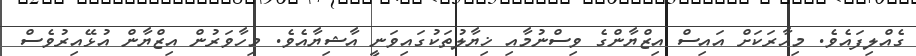
ގެއްލިފައެވެ. މިހާރަކަށް އައިސް އިޒްޔާންގެ ވިސްނުމާއި ޚިޔާލުތަކުގައިވަނީ އާޝިޔާއެވެ. މިހާވަރުން އިޒްޔާން އުޅޭއިރުވެސް